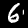
Digit: 6